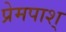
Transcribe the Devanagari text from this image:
प्रेमपाश्